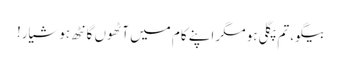
بیگو، تم پگلی ہو مگر اپنے کام میں آٹھوں گانٹھ ہوشیار!